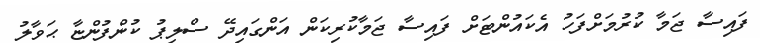
ފައިސާ ޖަމާ ކުރުމަށްފަހު އެކައުންޓަށް ފައިސާ ޖަމާކުރިކަން އަންގައިދޭ ސްލިޕު ކުންފުންޏާ ޙަވާލު